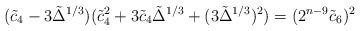
LaTeX: \begin{align*} (\tilde{c}_4 - 3 \tilde{\Delta}^{1/3})(\tilde{c}_4^2 + 3\tilde{c}_4 \tilde{\Delta}^{1/3} + (3\tilde{\Delta}^{1/3})^2) = (2^{n-9}\tilde{c}_6)^2\end{align*}